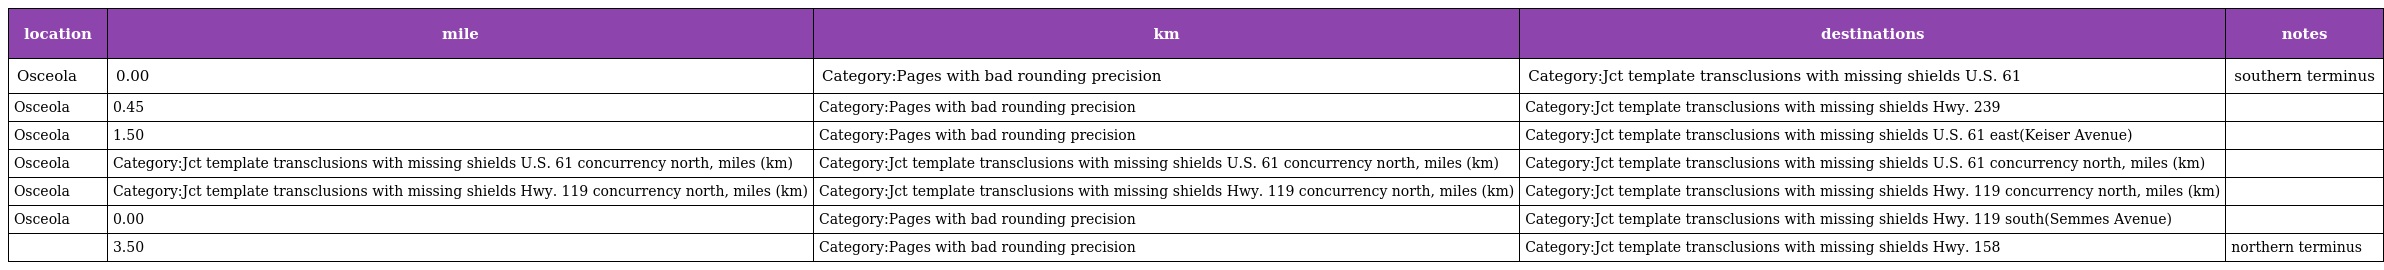
| location | mile | km | destinations | notes |
 | --- | --- | --- | --- | --- |
 | Osceola | 0.00 | Category:Pages with bad rounding precision | Category:Jct template transclusions with missing shields U.S. 61 | southern terminus |
 | Osceola | 0.45 | Category:Pages with bad rounding precision | Category:Jct template transclusions with missing shields Hwy. 239 |  |
 | Osceola | 1.50 | Category:Pages with bad rounding precision | Category:Jct template transclusions with missing shields U.S. 61 east(Keiser Avenue) |  |
 | Osceola | Category:Jct template transclusions with missing shields U.S. 61 concurrency north, miles (km) | Category:Jct template transclusions with missing shields U.S. 61 concurrency north, miles (km) | Category:Jct template transclusions with missing shields U.S. 61 concurrency north, miles (km) |  |
 | Osceola | Category:Jct template transclusions with missing shields Hwy. 119 concurrency north, miles (km) | Category:Jct template transclusions with missing shields Hwy. 119 concurrency north, miles (km) | Category:Jct template transclusions with missing shields Hwy. 119 concurrency north, miles (km) |  |
 | Osceola | 0.00 | Category:Pages with bad rounding precision | Category:Jct template transclusions with missing shields Hwy. 119 south(Semmes Avenue) |  |
 |  | 3.50 | Category:Pages with bad rounding precision | Category:Jct template transclusions with missing shields Hwy. 158 | northern terminus |